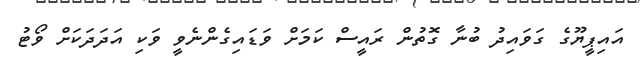
އައިޕީޔޫގެ ގަވައިދު ބުނާ ގޮތުން ރައީސް ކަމަށް ވަޑައިގެންނެވީ ވަކި އަދަދަކަށް ވޯޓު